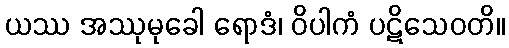
ယဿ အဿုမုခေါ ရောဒံ၊ ဝိပါကံ ပဋိသေဝတိ။